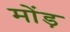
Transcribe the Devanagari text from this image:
मोंड़